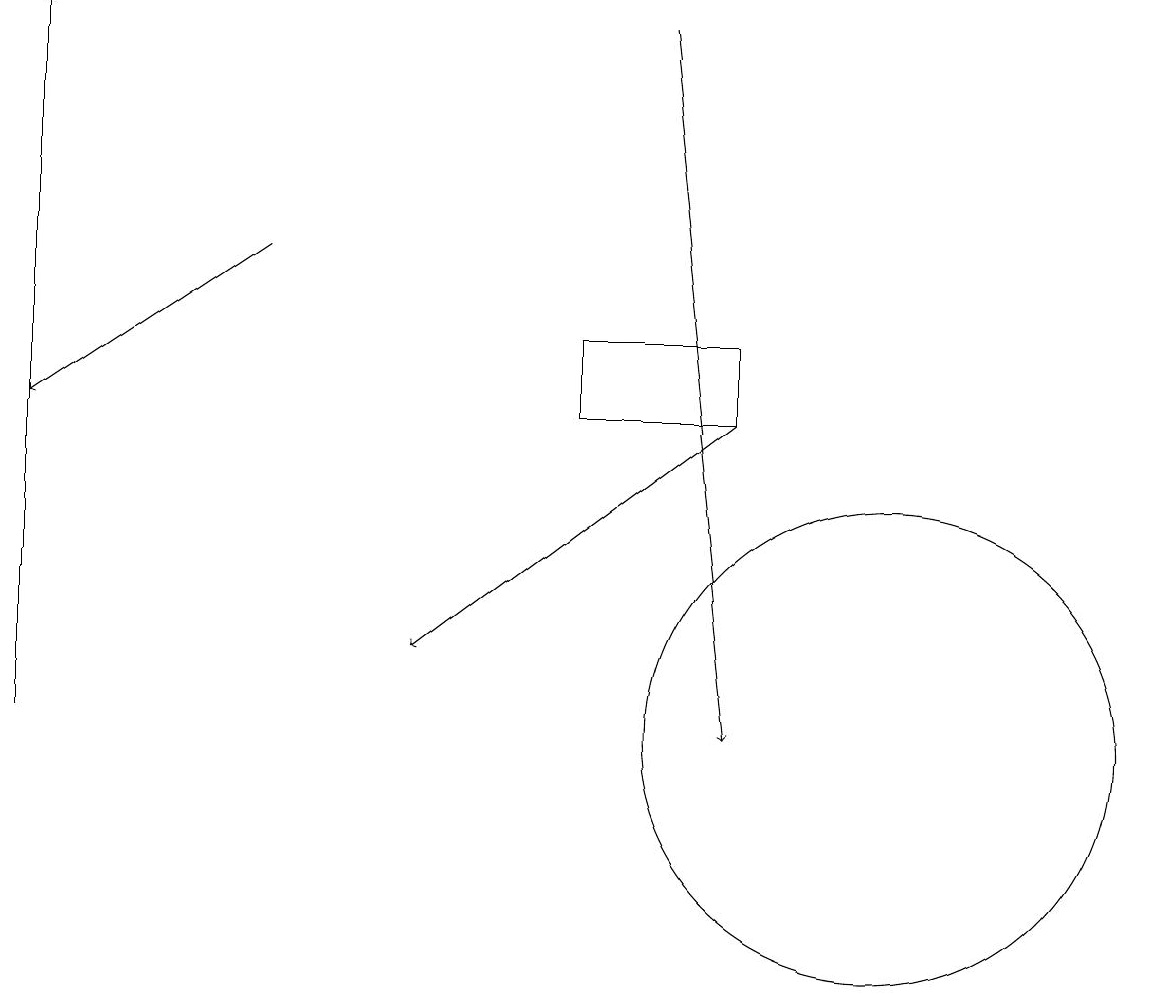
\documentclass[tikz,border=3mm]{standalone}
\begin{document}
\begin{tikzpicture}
\draw (11,10) circle (3);
\draw (9,15) rectangle (7,14);
\draw[->] (0,10) -- (0,19);
\draw[->] (9,14) -- (5,11);
\draw[->] (3,16) -- (0,14);
\draw[->] (8,19) -- (9,10);
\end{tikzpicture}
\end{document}